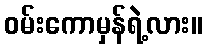
ဝမ်းကောမှန်ရဲ့လား။